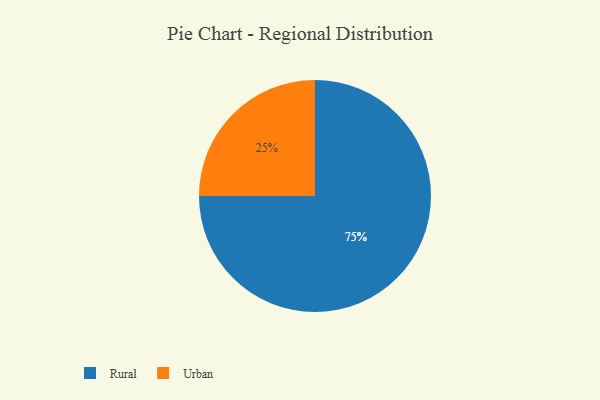
{"axis": {"x": "Category", "y": "Percentage"}, "legend": ["Rural", "Urban"], "data": [{"x": "Urban", "y": 25, "type": "Urban"}, {"x": "Rural", "y": 75, "type": "Rural"}]}